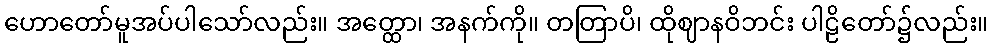
ဟောတော်မူအပ်ပါသော်လည်း။ အတ္ထော၊ အနက်ကို။ တတြာပိ၊ ထိုဈာနဝိဘင်း ပါဠိတော်၌လည်း။